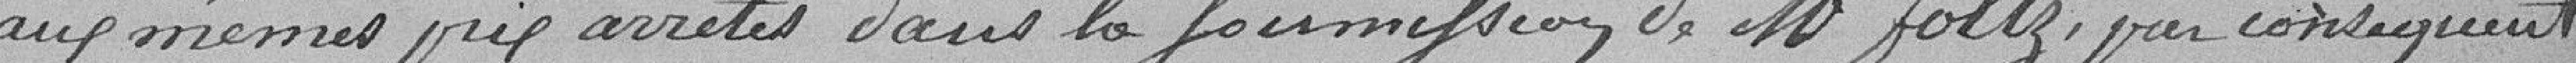
aux mêmes prix arrêtés dans la soumission de Monsieur Foltz, par conséquent